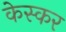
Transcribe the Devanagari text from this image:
केस्कर